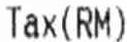
TAX(RM)